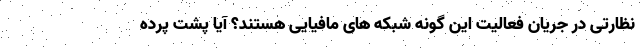
نظارتی در جریان فعالیت این گونه شبکه های مافیایی هستند؟ آیا پشت پرده